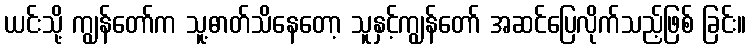
ယင်းသို့ ကျွန်တော်က သူ့ဓာတ်သိနေတော့ သူနှင့်ကျွန်တော် အဆင်ပြေလိုက်သည့်ဖြစ် ခြင်း။